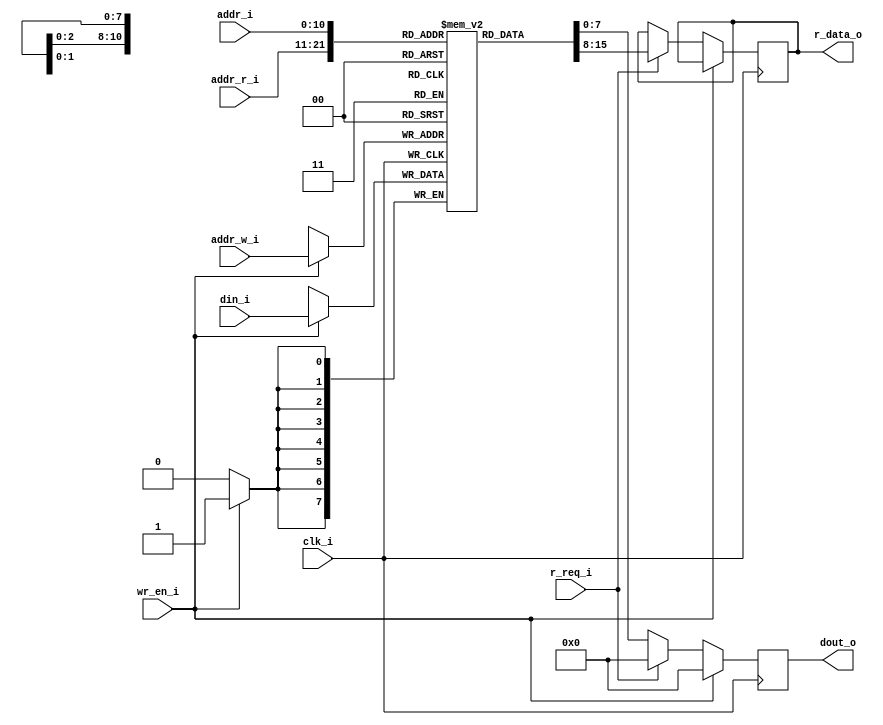
/* -----------------------------------------------
 * Project Name   : DRAC
 * Organization   : Barcelona Supercomputing Center
 * Email(s)       : narcis.rodaquiroga@bsc.es
 */

`default_nettype none

// Memory of the 128 bitmap patterns of the characters in 8x16 pixels
module vga_fontMem 
#(
`ifdef FORMAL
    parameter FONT_FILE = "../../../includes/char_bitmap/charmem_8b_data.list", // bitmap of the characters sorted by ASCII code
`elsif WAVE
    parameter FONT_FILE = "../../includes/char_bitmap/charmem_8b_data.list",
`elsif VERILATOR
    parameter FONT_FILE = "../soc/submodules/asic_top/submodules/processor/submodules/tile/submodules/vga/includes/char_bitmap/charmem_8b_data.list",
`elsif TBSIM
    parameter FONT_FILE = "../includes/char_bitmap/charmem_8b_data.list", 
`elsif TBSIM2
    parameter FONT_FILE = "../includes/char_bitmap/charmem_8b_data.list",
`endif
    parameter ADDR_WIDTH = 11, // log2(128 characters x 16 rows each)
    parameter DATA_WIDTH = 8   // 8 bits per row
)
(
    input wire                  clk_i,    // 25MHz clock
    input wire [ADDR_WIDTH-1:0] addr_i,   // address to be accessed
    output reg [0:DATA_WIDTH-1] dout_o,   // data output, 8 pixels that can be background (0) or character (1)
    input wire [ADDR_WIDTH-1:0] addr_w_i, // write address
    input wire                  wr_en_i,  // write enable
    input wire [0:DATA_WIDTH-1] din_i,    // data to write
    input wire [ADDR_WIDTH-1:0] addr_r_i, // read address
    input wire                  r_req_i,  // read enable
    output reg [0:DATA_WIDTH-1] r_data_o  // data read
);

    reg [0:DATA_WIDTH-1] mem [0:(1 << ADDR_WIDTH)-1]; // single port memory of the characters bitmap

`ifdef WAVE
    // memory initialization for simulation
    initial begin
        if (FONT_FILE) $readmemb(FONT_FILE, mem);
    end
`elsif TBSIM
    initial begin
        if (FONT_FILE) $readmemb(FONT_FILE, mem);
    end
`elsif TBSIM2
    initial begin
        if (FONT_FILE) $readmemb(FONT_FILE, mem);
    end
`endif

    // write read for AXI and read for display operations, if there is an AXI operation, no display data is read and the output is 0 (background)
    always @(posedge clk_i) begin
        if (wr_en_i) begin 
            mem[addr_w_i] <= din_i;
            dout_o <= 8'd0;
        end
        else if (r_req_i) begin
            r_data_o <= mem[addr_r_i];
            dout_o <= 8'd0;
        end
        else
            dout_o <= mem[addr_i];
    end

endmodule

`default_nettype wire